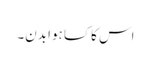
اس کا کسا ہوا بدن۔